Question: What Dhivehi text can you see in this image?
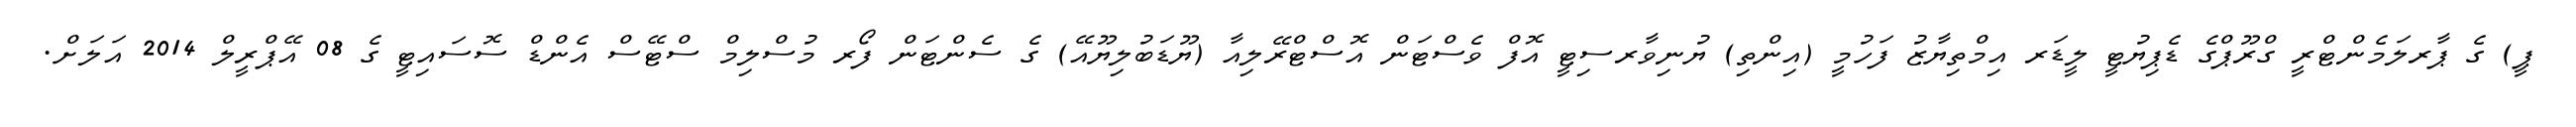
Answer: ޕީ) ގެ ޕާރލަމެންޓްރީ ގްރޫޕްގެ ޑެޕިޔުޓީ ލީޑަރ އިމްތިޔާޒު ފަހުމީ (އިންތި) ޔުނިވާރސިޓީ އޮފް ވެސްޓަން އޮސްޓްރޭލިއާ (ޔޫޑަބުލިޔޫއޭ) ގެ ސެންޓަން ފޯރ މުސްލިމް ސްޓޭސް އެންޑް ސޮސައިޓީ ގެ 08 އޭޕްރީލް 2014 އަލަށް.